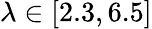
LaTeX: \lambda\in[2.3,6.5]